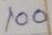
100